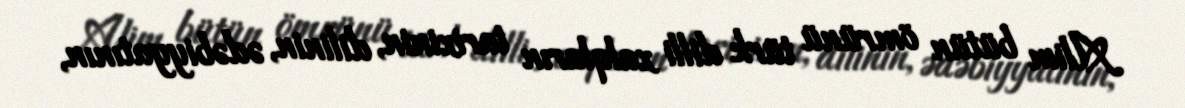
Alim bütün ömrünü türk dilli xalqların tarixinin, dilinin, ədəbiyyatının,